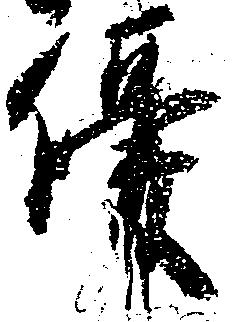
優